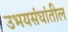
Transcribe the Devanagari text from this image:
उभयसंघांतील